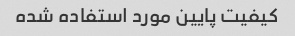
کیفیت پایین مورد استفاده شده